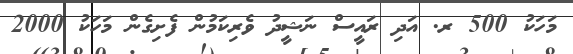
މަހަކު 500 ރ. އަދި ރައީސް ނަޝީދު ވެރިކަމުން ފެށިގެން މަހަކު 2000